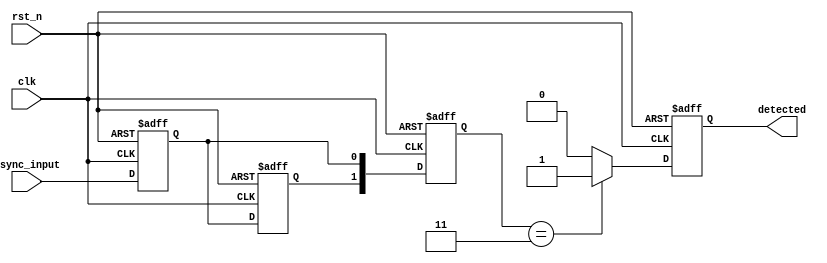
module dual_ff_detector (
    input wire clk,              // Clock signal
    input wire rst_n,            // Active-low reset signal
    input wire async_input,      // Asynchronous input signal
    output reg detected          // Output signal indicating pattern detection
);
    // State registers
    reg ff1, ff2;
    
    // Memory block for storing intermediate states
    reg [1:0] state_memory;

    // Pattern to detect (example: 2'b11)
    parameter PATTERN = 2'b11;

    // Synchronization and state update
    always @(posedge clk or negedge rst_n) begin
        if (!rst_n) begin
            ff1 <= 1'b0;
            ff2 <= 1'b0;
            detected <= 1'b0;
            state_memory <= 2'b00;
        end else begin
            // Sample the asynchronous input
            ff1 <= async_input; // First flip-flop samples the input
            ff2 <= ff1;         // Second flip-flop samples the output of the first
            
            // Store the states in memory
            state_memory <= {ff2, ff1};

            // Check for pattern detection
            if (state_memory == PATTERN) begin
                detected <= 1'b1; // Pattern detected
            end else begin
                detected <= 1'b0; // Reset detection
            end
        end
    end
endmodule